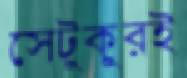
সেটুকুরই